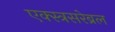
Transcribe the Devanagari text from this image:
एक्स्त्रसरेब्रल